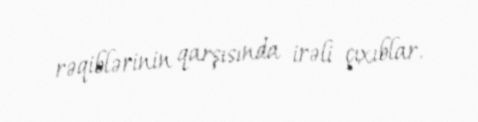
rəqiblərinin qarşısında irəli çıxıblar.